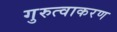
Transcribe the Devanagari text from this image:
गुरुत्वाकरण